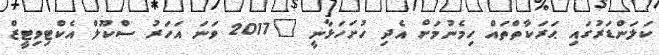
ކަލަންޑަރުގައި ޙަރަކާތްތައް ހިމެނުމަށް އެދި ހުށަހަޅާނީ "2017 ވަނަ އަހަރު ސްކޫލް އެކްޓިވިޓީޒް